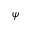
\psi